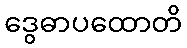
ဒွေဓာပထောတိ